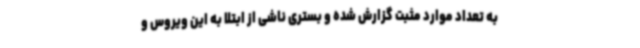
به تعداد موارد مثبت گزارش شده و بستری ناشی از ابتلا به این ویروس و